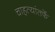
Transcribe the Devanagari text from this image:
चाहत्यांतर्फे